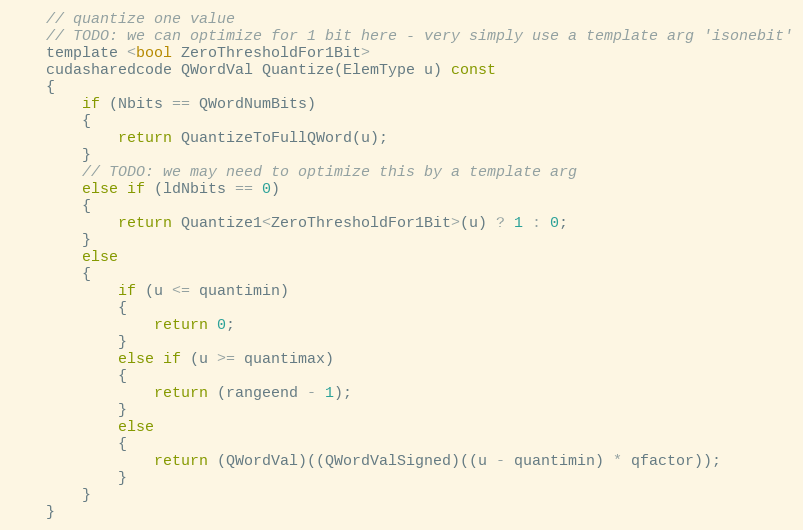
Language: C
    // quantize one value
    // TODO: we can optimize for 1 bit here - very simply use a template arg 'isonebit'
    template <bool ZeroThresholdFor1Bit>
    cudasharedcode QWordVal Quantize(ElemType u) const
    {
        if (Nbits == QWordNumBits)
        {
            return QuantizeToFullQWord(u);
        }
        // TODO: we may need to optimize this by a template arg
        else if (ldNbits == 0)
        {
            return Quantize1<ZeroThresholdFor1Bit>(u) ? 1 : 0;
        }
        else
        {
            if (u <= quantimin)
            {
                return 0;
            }
            else if (u >= quantimax)
            {
                return (rangeend - 1);
            }
            else
            {
                return (QWordVal)((QWordValSigned)((u - quantimin) * qfactor));
            }
        }
    }